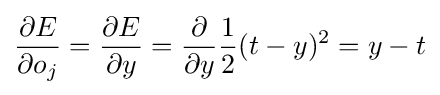
{\frac {\partial E}{\partial o_{j}}}={\frac {\partial E}{\partial y}}={\frac {\partial }{\partial y}}{\frac {1}{2}}(t-y)^{2}=y-t